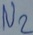
Text: N2